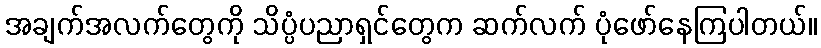
အချက်အလက်တွေကို သိပ္ပံပညာရှင်တွေက ဆက်လက် ပုံဖော်နေကြပါတယ်။